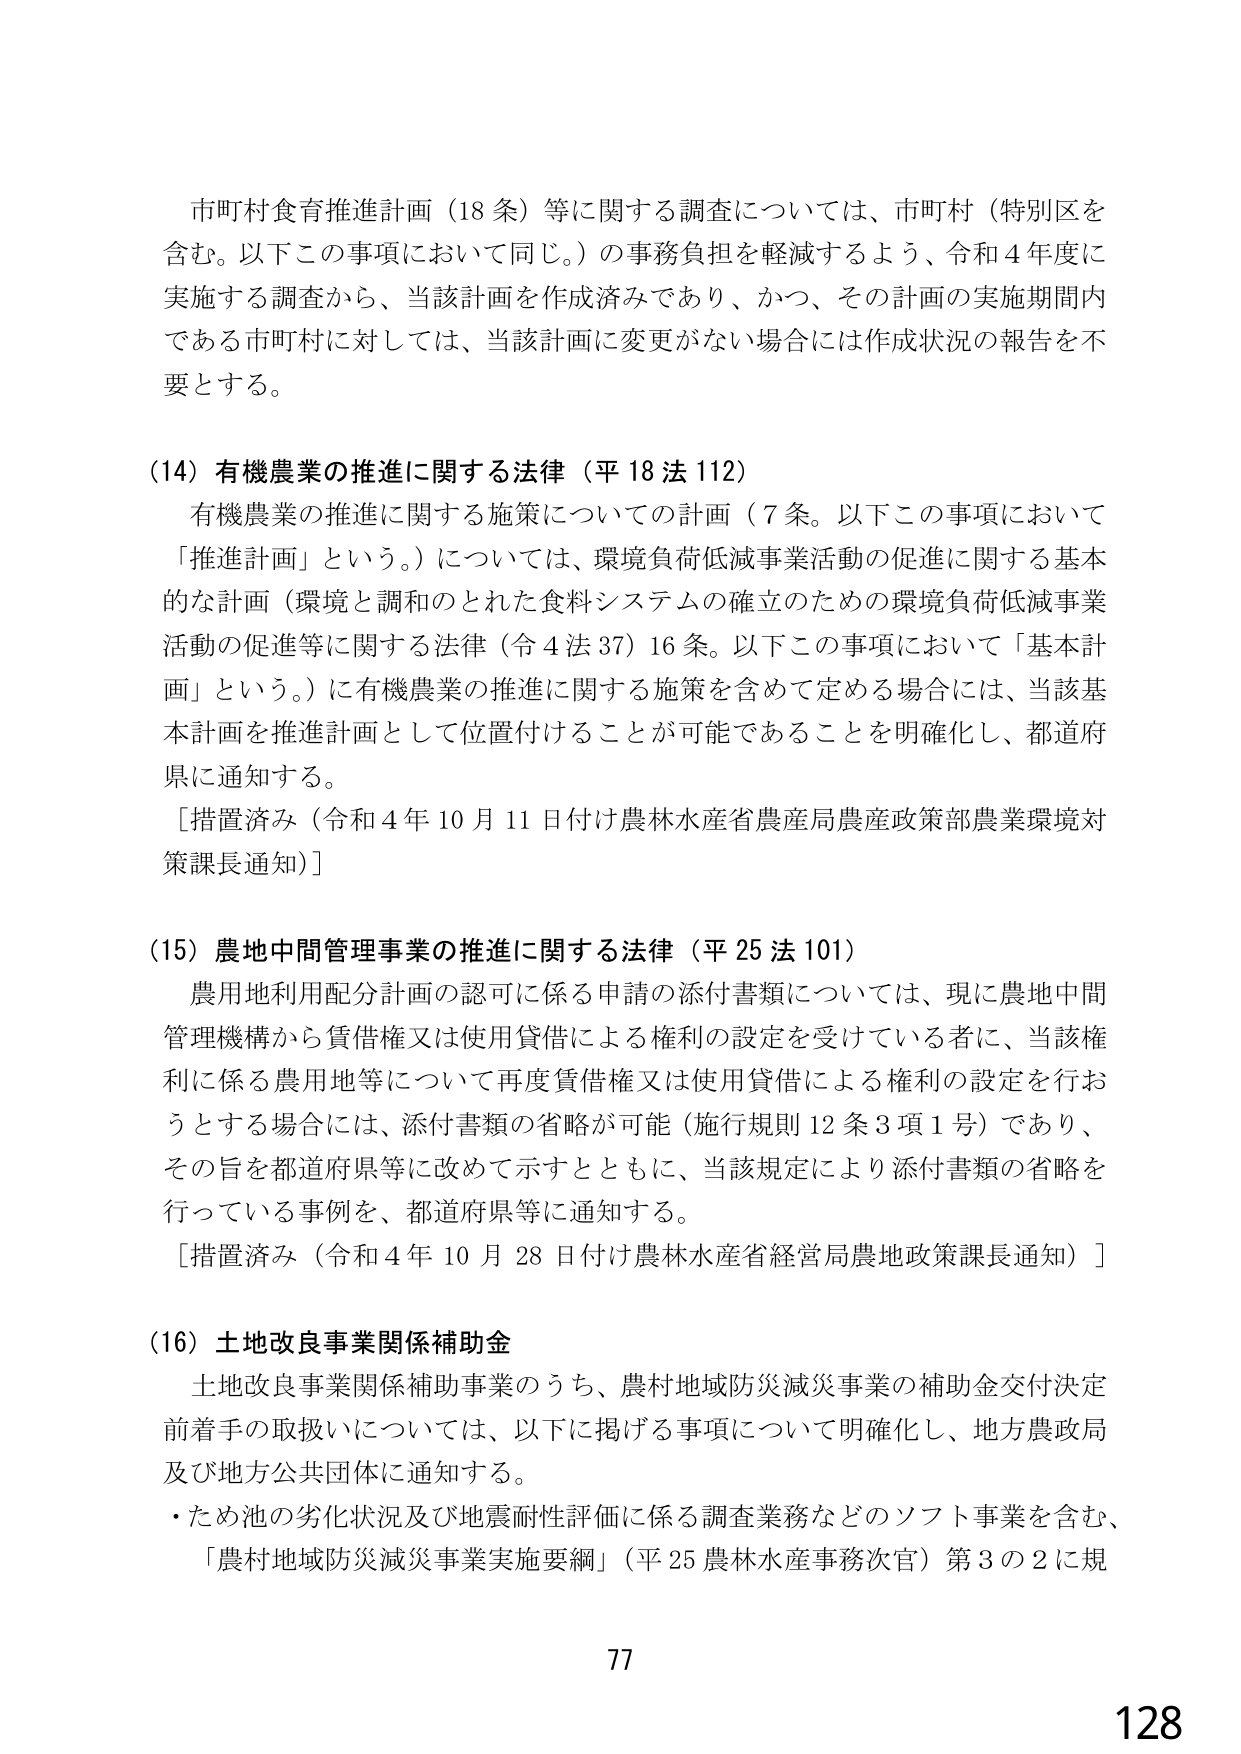
市町村食育推進計画（18条）等に関する調査については、市町村（特別区を含む。以下この事項において同じ。）の事務負担を軽減するよう、令和4年度に実施する調査から、当該計画を作成済みであり、かつ、その計画の実施期間内である市町村に対しては、当該計画に変更がない場合には作成状況の報告を不要とする。

（14）有機農業の推進に関する法律（平18法112）
有機農業の推進に関する施策についての計画（7条。以下この事項において「推進計画」という。）については、環境負荷低減事業活動の促進に関する基本的な計画（環境と調和のとれた食料システムの確立のための環境負荷低減事業活動の促進等に関する法律（令4法37）16条。以下この事項において「基本計画」という。）に有機農業の推進に関する施策を含めて定める場合には、当該基本計画を推進計画として位置付けることが可能であることを明確化し、都道府県に通知する。
［措置済み（令和4年10月11日付け農林水産省農産局農産政策部農業環境対策課長通知）］

（15）農地中間管理事業の推進に関する法律（平25法101）
農用地利用配分計画の認可に係る申請の添付書類については、現に農地中間管理機構から賃借権又は使用貸借による権利の設定を受けている者に、当該権利に係る農用地等について再度賃借権又は使用貸借による権利の設定を行おうとする場合には、添付書類の省略が可能（施行規則12条3項1号）であり、その旨を都道府県等に改めて示すとともに、当該規定により添付書類の省略を行っている事例を、都道府県等に通知する。
［措置済み（令和4年10月28日付け農林水産省経営局農地政策課長通知）］

（16）土地改良事業関係補助金
土地改良事業関係補助事業のうち、農村地域防災減災事業の補助金交付決定前着手の取扱いについては、以下に掲げる事項について明確化し、地方農政局及び地方公共団体に通知する。
・ため池の劣化状況及び地震耐性評価に係る調査業務などのソフト事業を含む、「農村地域防災減災事業実施要綱」（平25農林水産事務次官）第3の2に規

77
128